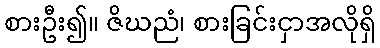
စားဦး၍။ ဇိဃညံ၊ စားခြင်းငှာအလိုရှိ